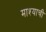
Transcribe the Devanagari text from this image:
माश्याची